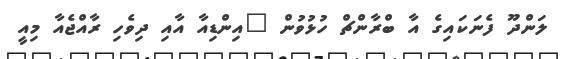
ލަންދޫ ފެނަކައިގެ އާ ބްރާންޗް ހުޅުވުން "އިންޑިއާ އާއި ދިވެހި ރާއްޖެއާ މިއީ